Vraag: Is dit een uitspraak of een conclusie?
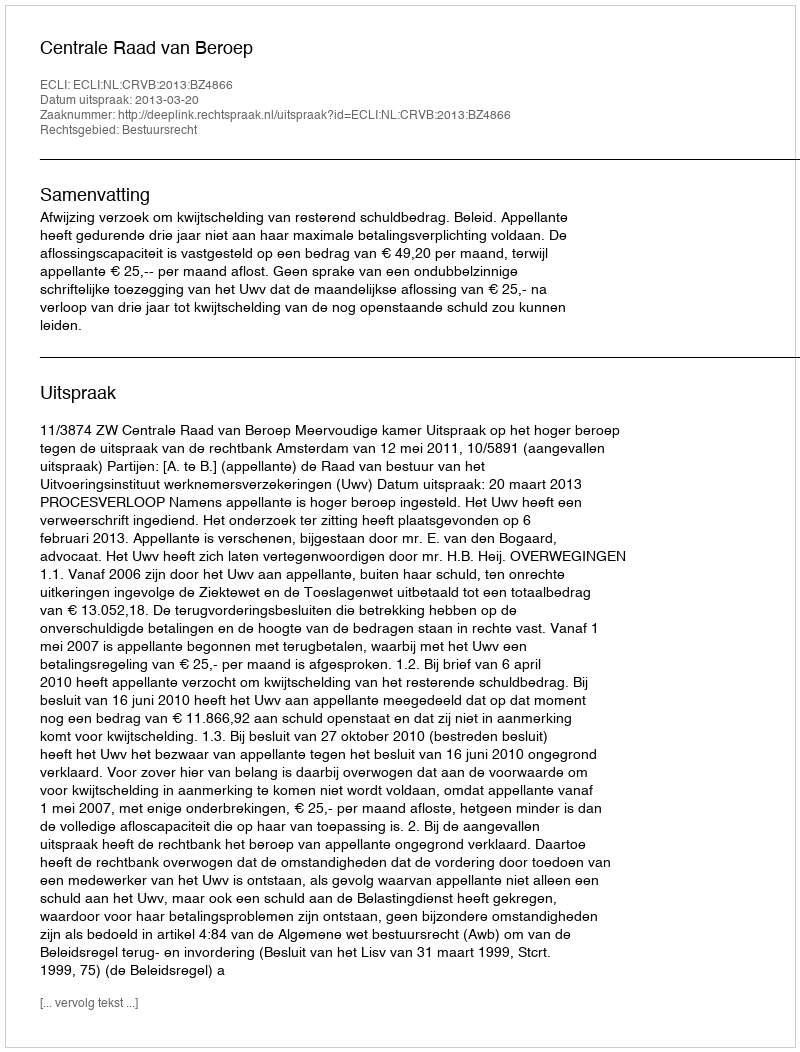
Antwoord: Uitspraak